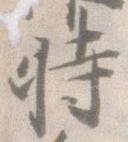
時